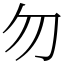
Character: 勿